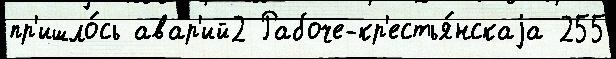
пр'ишло́сь авар'ий2 Рабоче-кр'естья́нскаjа 255